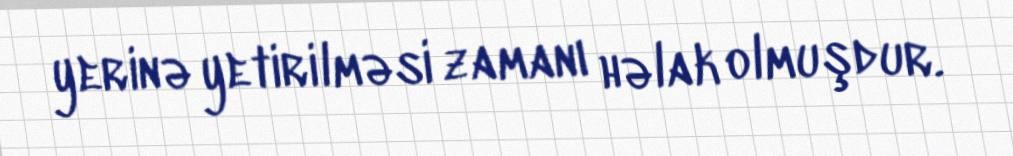
yerinə yetirilməsi zamanı həlak olmuşdur.